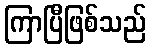
ကြာပြီဖြစ်သည်